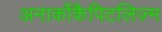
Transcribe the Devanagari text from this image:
अनार्कोकैपिटलिज़्म